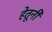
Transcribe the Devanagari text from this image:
हेतूनी